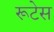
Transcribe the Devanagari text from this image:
रूटेस